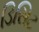
ડિસિટ